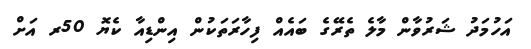
އަހުމަދު ޝަރުވާން މާލެ ތެރޭގެ ބައެއް ފިހާރަތަކުން އިންޑިއާ ކެޔޮ 50ރ އަށް